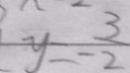
y = - \frac { 3 } { 2 }